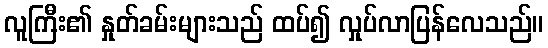
လူကြီး၏ နှုတ်ခမ်းများသည် ထပ်၍ လှုပ်လာပြန်လေသည်။